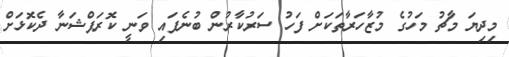
މިދިޔަ މާޗު މަހުގެ މުޒާހަރާތަކަށް ފަހު ސަރުކާރުން ބުނެފައި ވަނީ ކޮރަޕްޝަނާ ދެކޮޅަށް